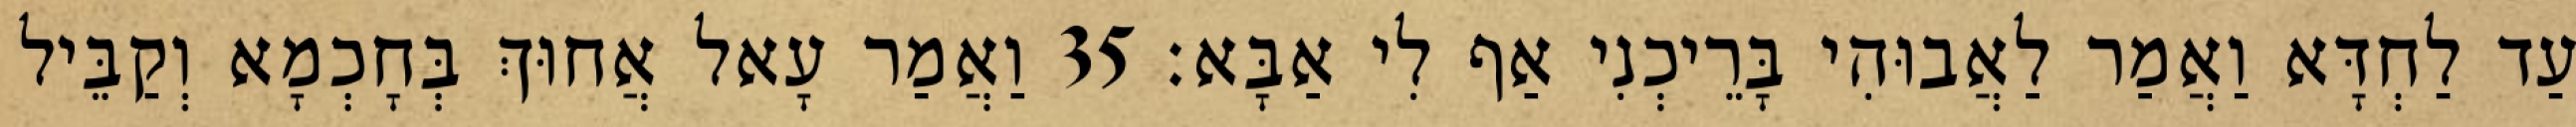
עַד לַחְדָּא וַאֲמַר לַאֲבוּהִי בָּרֵיכְנִי אַף לִי אַבָּא׃ 35 וַאֲמַר עָאל אֲחוּךְ בְּחָכְמָא וְקַבֵּיל